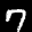
Digit: 7